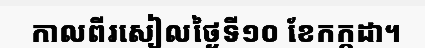
កាលពីរសៀលថ្ងៃទី១០ ខែកក្កដា។